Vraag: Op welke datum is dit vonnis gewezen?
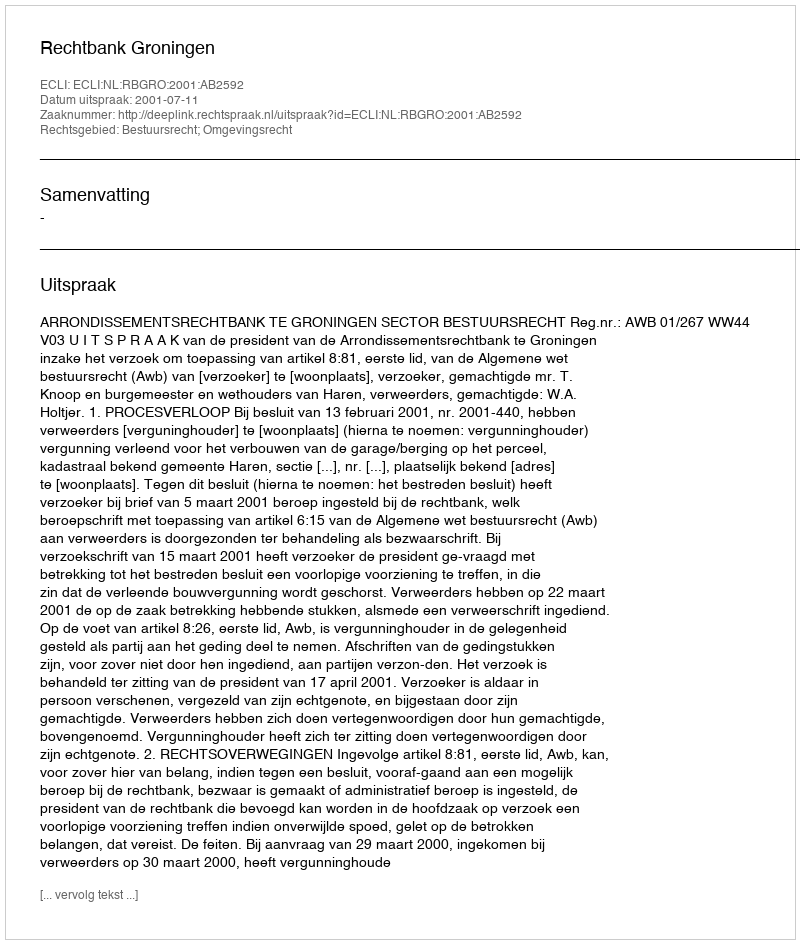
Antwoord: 2001-07-11